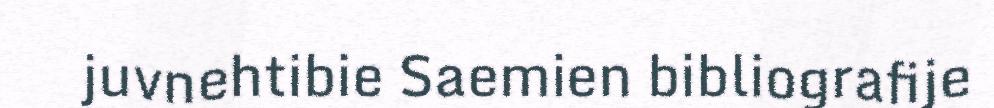
juvnehtibie Saemien bibliografije